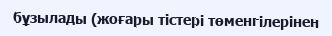
бұзылады (жоғары тістері төменгілерінен